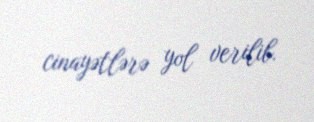
cinayətlərə yol verilib.